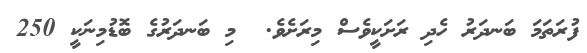
ފުރަތަމަ ބަނދަރު ހެދި ރަށަކީވެސް މިރަށެވެ.  މި ބަނދަރުގެ ބޮޑުމިނަކީ 250